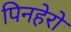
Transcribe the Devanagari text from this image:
पिनहेरो